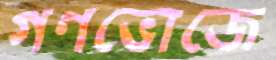
গণভোজে